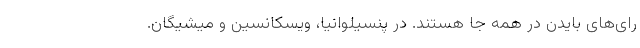
رای‌های بایدن در همه جا هستند. در پنسیلوانیا،‌ ویسکانسین و میشیگان.